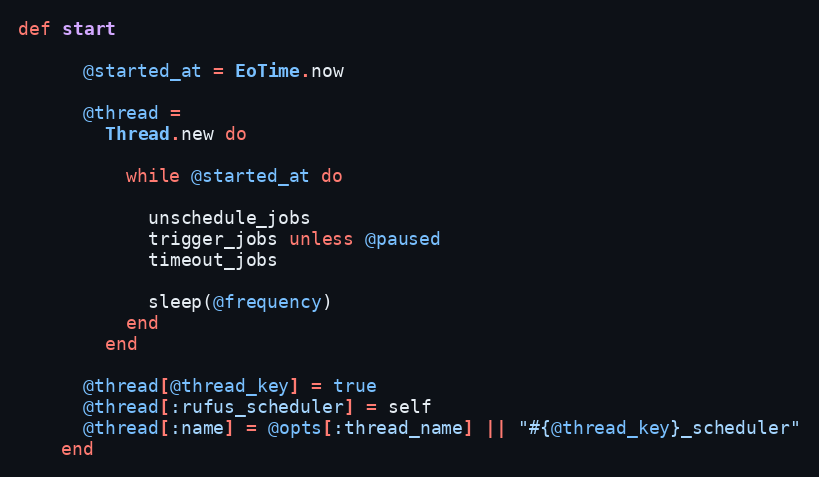
Language: Ruby
def start

      @started_at = EoTime.now

      @thread =
        Thread.new do

          while @started_at do

            unschedule_jobs
            trigger_jobs unless @paused
            timeout_jobs

            sleep(@frequency)
          end
        end

      @thread[@thread_key] = true
      @thread[:rufus_scheduler] = self
      @thread[:name] = @opts[:thread_name] || "#{@thread_key}_scheduler"
    end